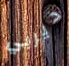
ديربي